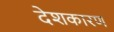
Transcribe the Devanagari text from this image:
देशकारण